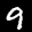
Label: 9